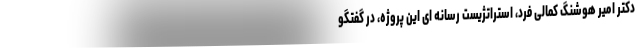
دکتر امیر هوشنگ کمالی فرد، استراتژیست رسانه ای این پروژه، در گفتگو